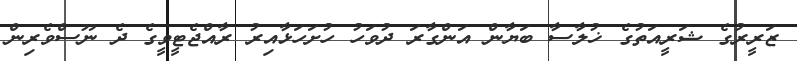
ޒަރީރުގެ ޝަރީއަތުގެ ޚުލާސާ ބަޔާން އަންގާރަ ދުވަހު ހުށަހަޅާއިރު ރާއްޖެޓީވީގެ ދެ ނޫސްވެރިން